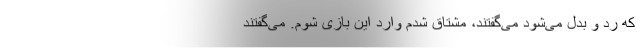
که رد و بدل می‌شود می‌گفتند، مشتاق شدم وارد این بازی شوم. می‌گفتند